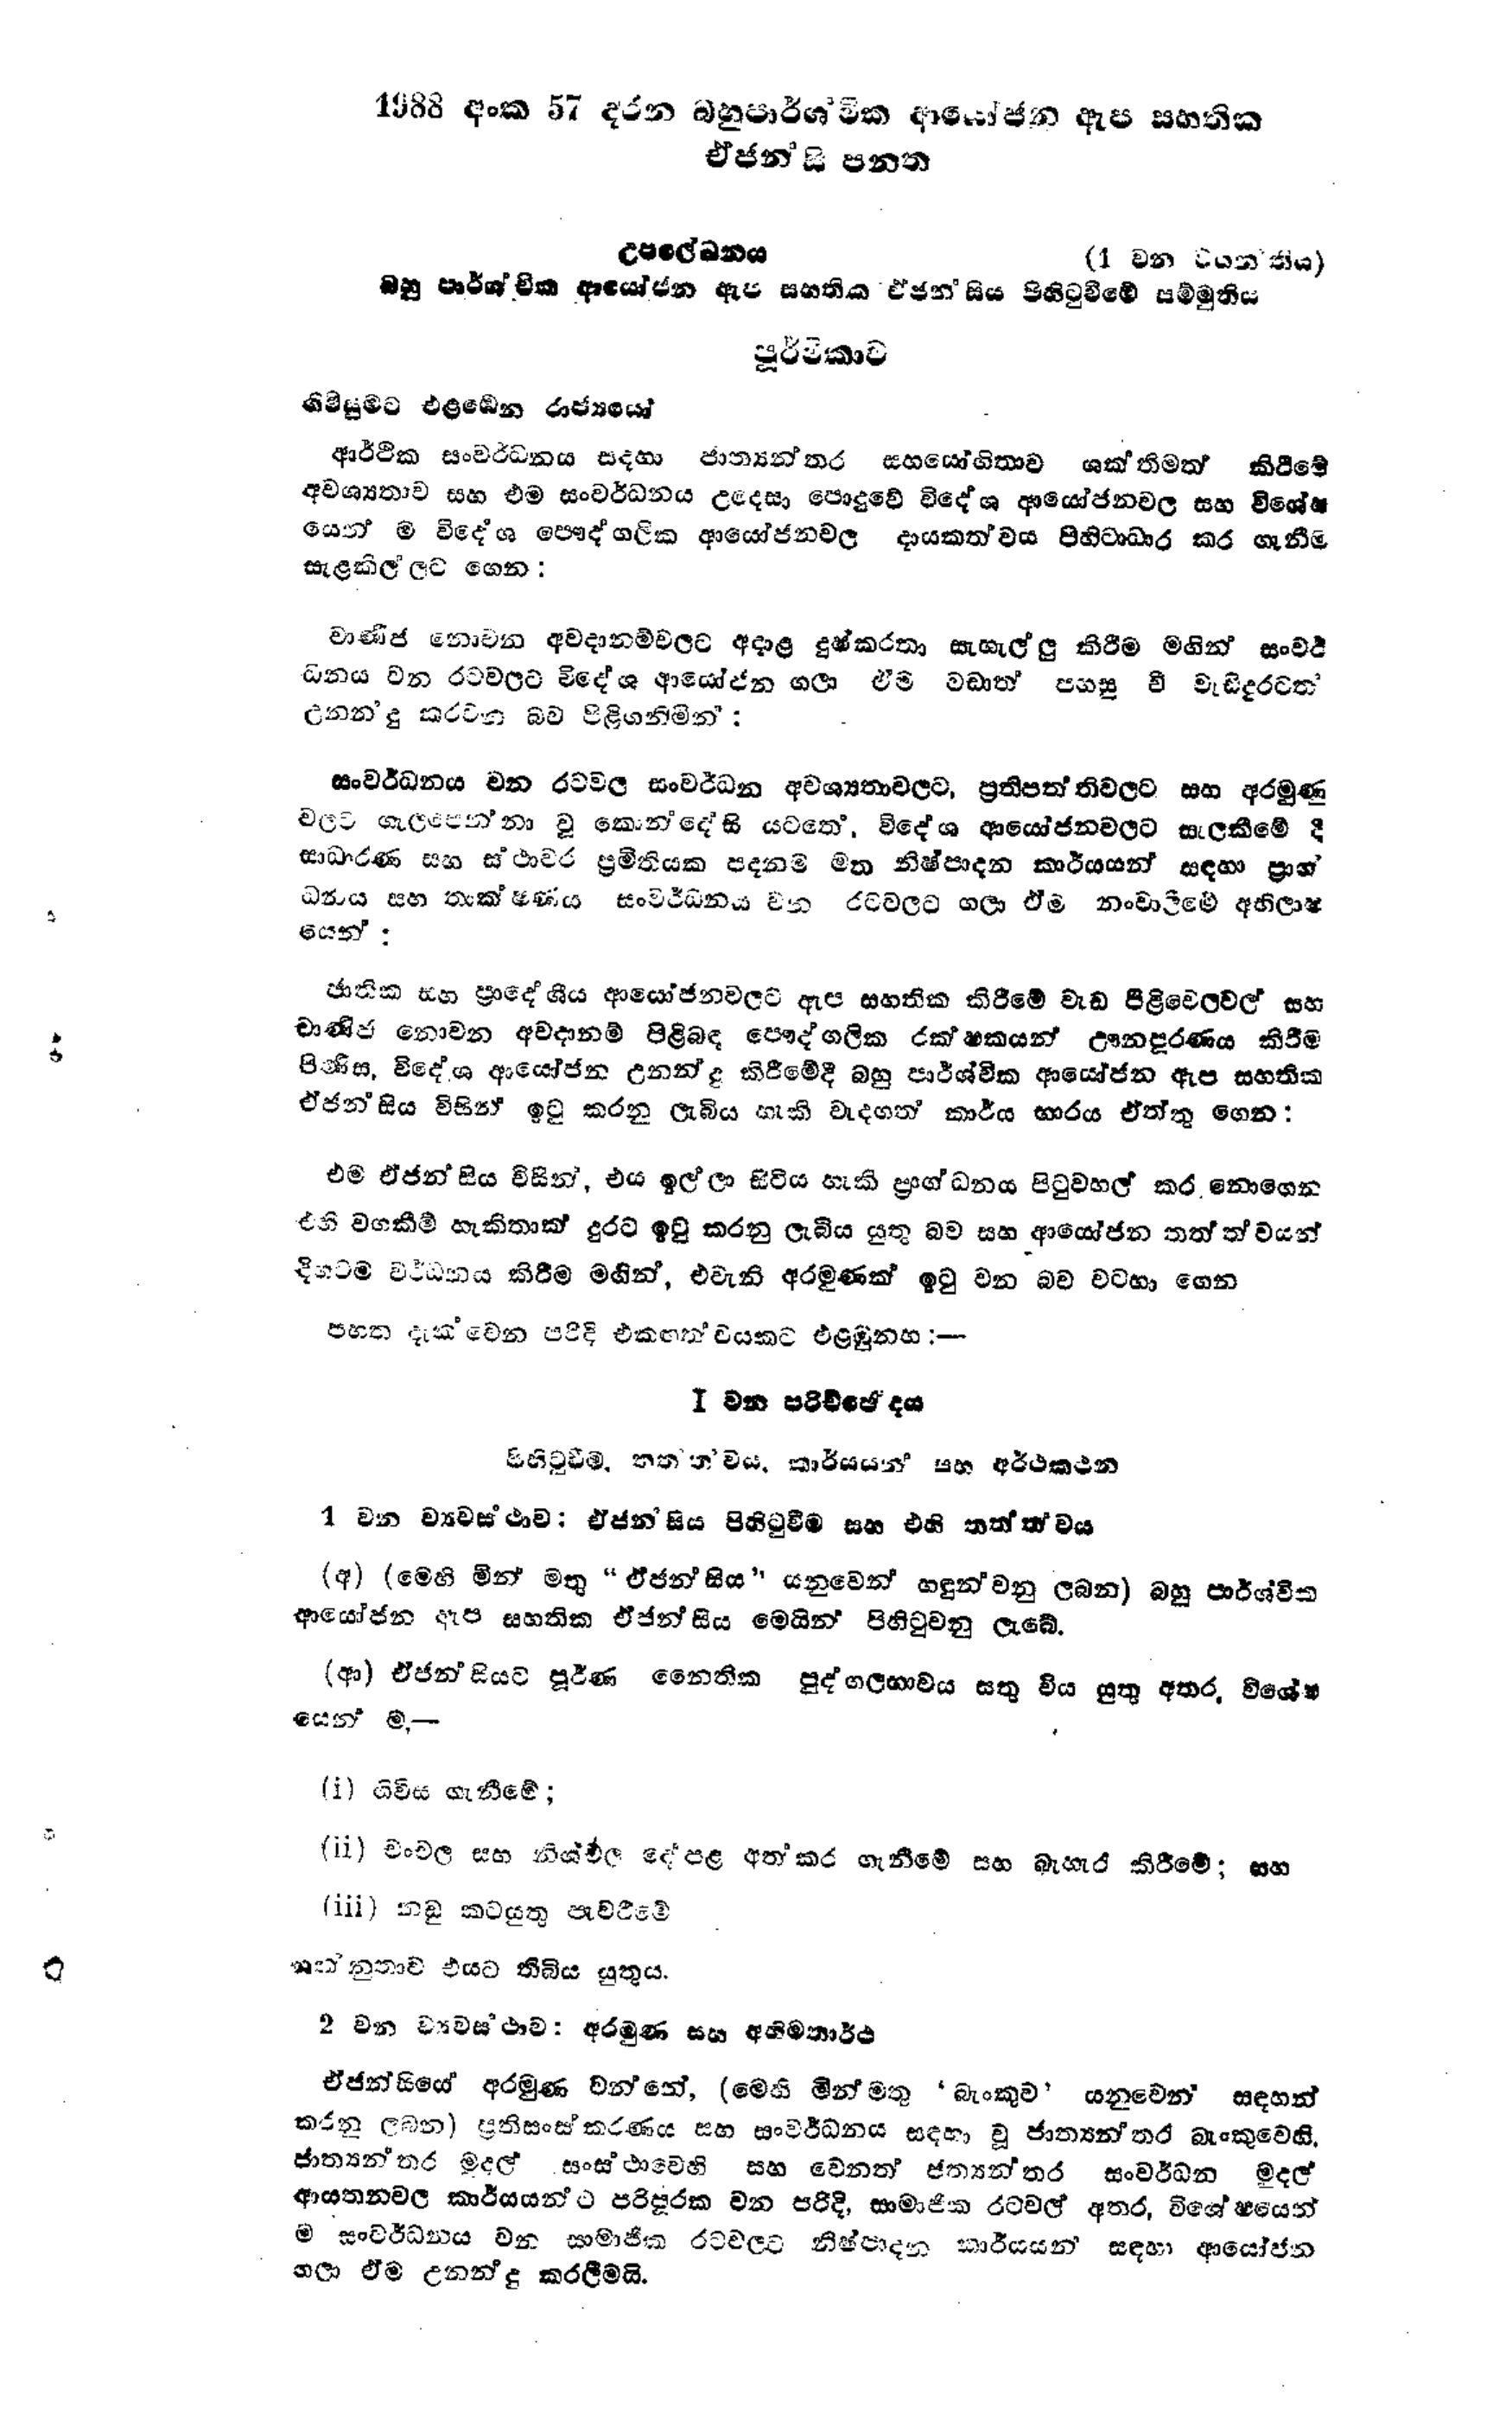
1988 අංක 57 දරන බහුපාර්ශවික ආයෝජන ඇප සහතික
ඒජන්සි පනත

උපලේඛනය (1 වන වගන්තිය)
බහු පාර්ශ්වික ආයෝජන ඇප සහතික ඒ ජන්සිය පිහිටුවීමේ සම්මුතිය

පූර්විකාව

ගිවිසුමට එළඹෙන රාජ්‍යයෝ

ආර්ථික සංවර්ධනය සදහා ජාත්‍යන්තර සහයෝගිතාව ශක්තිමත් කිරීමේ
අවශ්‍යතාව සහ එම සංවර්ධනය උදෙසා පොදුවේ විදේශ ආයෝජනවල සහ විශේෂ
යෙන් ම විදේශ පෞද්ගලික ආයෝජනවල දායකත්වය පිහිටාධාර කර ගැනීම
සැළකිල්ලට ගෙන :

වාණිජ නොවන අවදානම්වලට අදාළ දුෂ්කරතා සැහැල්ලු කිරීම මගින් සංවර්
ධනය වන රටවලට විදේශ ආයෝජන ගලා එම වඩාත් පහසු වී වැඩිදුරටත්
උනන්දු කරවන බව පිළිගනිමින්:

සංවර්ධනය වන රටවල සංවර්ධන අවශ්‍යතා වලට, ප්‍රතිපත්තිවලට සහ අරමුණු
වලට ගැලපෙන්නා වූ කොන්දේසි යටතේ, විදේශ ආයෝජන වලට සැලකීමේ දී
සාධාරණ සහ ස්ථාවර ප්‍රමිතියක පදනම මත නිෂ්පාදන කාර්යයන් සඳහා ප්‍රාග්
ධනය සහ තාක්ෂණය සංවර්ධනය වන රටවලට ගලා ඒම නංවාලීමේ අභිලාෂ්
යෙන්:

ජාතික සහ ප්‍රාදේශීය ආයෝජන වලට ඇප සහතික කිරීමේ වැඩ පිළිවෙලවල් සහ
චාණිජ නොවන අවදානම් පිළිබඳ පෞද්ගලික රක්ෂකයන් ඌනපූරණය කිරීම
පිණිස, විදේශ ආයෝජන උනන්දු කිරීමේදී බහු පාර්ශ්වික ආයෝජන ඇප සහතික
ඒජන්සිය විසින් ඉටු කරනු ලැබිය හැකි වැදගත් කාර්ය භාරය ඒත්තු ගෙන :

එම ඒ ජන්සිය විසින්, එය ඉල්ලා සිටිය හැකි ප්‍රාග්ධනය පිටුවහල් කර නොගෙන
එහි වගකීම් හැකිතාක් දුරට ඉටු කරනු ලැබිය යුතු බව සහ ආයෝජන තත්ත්වයන්
දිගටම වර්ධනය කිරීම මඟින්, එවැනි අරමුණක් ඉටු වන බව වටහා ගෙන

පහත දැක්වෙන පරිදි එකඟත්වයකට එළඹුනහ :-

Ⅰ වන පරිච්ඡේදය

පිහිටුවීම්. තත්ත්වය. කාර්යයන සහ අර්ථකථන

1 වන ව්‍යවස්ථාව; ඒජන්සිය පිහිටුවීම සහ එහි තත්ත්වය

(අ) (මෙහි මින් මතු "ඒජන්සිය " යනුවෙන් හඳුන් වනු ලබන) බහු පාර්ශ්වික
ආයෝජන ඇප සහතික ඒජන්සිය මෙයින් පිහිටුවනු ලැබේ.

(ආ) ඒජන්සියට පූර්ණ නෛතික පුද්ගලභාවය සතු විය යුතු අතර, විශේෂ
යෙන් ම-

(i) ගිවිස ගැනීමේ;

(11) චංචල සහ නිශ්චල දේපළ අත්කර ගැනීමේ සහ බැහැර කිරීමේ; සහ

(iii) නඩු කටයුතු පැවරීමේ

ශක්නුතාව එයට තිබිය යුතුයි.

2 වන ව්‍යවස්ථාව අරමුණ සහ අභිමතාර්ථ

ඒජන්සියේ අරමුණ වන්නේ, (මෙහි මින් මතු 'බැංකුව ' යනුවෙන් සඳහන්
කරනු ලබන) ප්‍රතිසංස්කරණය සහ සංවර්ධනය සඳහා වූ ජාත්‍යන්තර බැංකුවෙහි,
ජාත්‍යන්තර මුදල් සංස්ථාවෙහි සහ වෙනත ඡත්‍යන්තර සංවර්ධන මුදල්
ආයතනවල කාර්යයන්ට පරිපුරක වන පරිදි, සාමාජික රටවල් අතර, විශේෂයෙන්
ම සංවර්ධනය වන සාමාජික රටවලට නිෂ්පාදන කාර්යයන් සඳහා ආයෝජන
ගලා ඒම උනන්දු කරලීමයි.